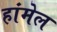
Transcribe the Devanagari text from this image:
हांमेल